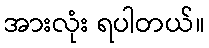
အားလုံး ရပါတယ်။